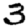
Digit: 3